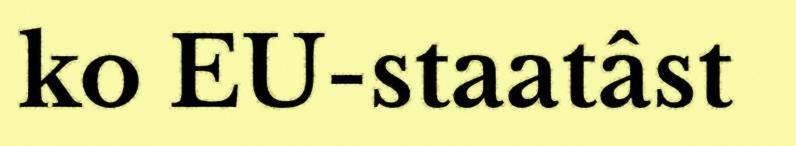
ko EU-staatâst